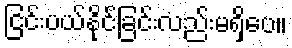
ငြင်းပယ်နိုင်ခြင်းလည်းမရှိပေ။